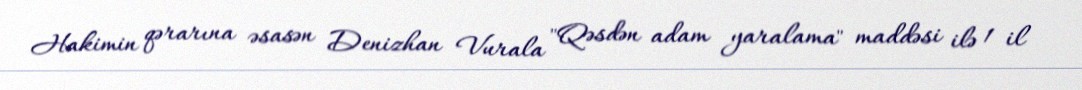
Hakimin qərarına əsasən Denizhan Vurala "Qəsdən adam yaralama" maddəsi ilə 1 il